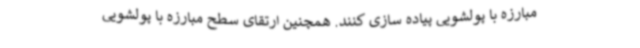
مبارزه با پولشویی پیاده سازی کنند. همچنین ارتقای سطح مبارزه با پولشویی